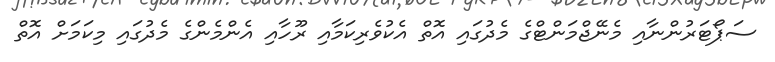
ސަޕޯޓަރުންނާއި މެނޭޖްމަންޓްގެ މެދުގައި އޮތް އެކުވެރިކަމާއި ރޫހާއި އެންމެންގެ މެދުގައި މިކަމަށް އޮތް